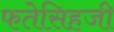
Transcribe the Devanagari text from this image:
फतेसिहजी